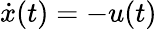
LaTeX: {\dot{x}}(t)=-u(t)